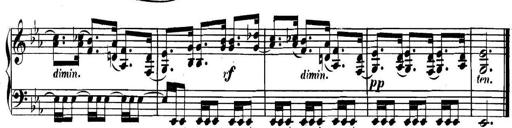
Title: Collected Piano Sonatas
Composer: Muzio Clementi